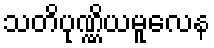
သတိပုဏ္ဏိယမူလေန